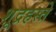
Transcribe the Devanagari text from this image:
शूद्रहस्ते